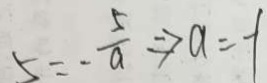
5 = - \frac { 5 } { a } \Rightarrow a = - 1